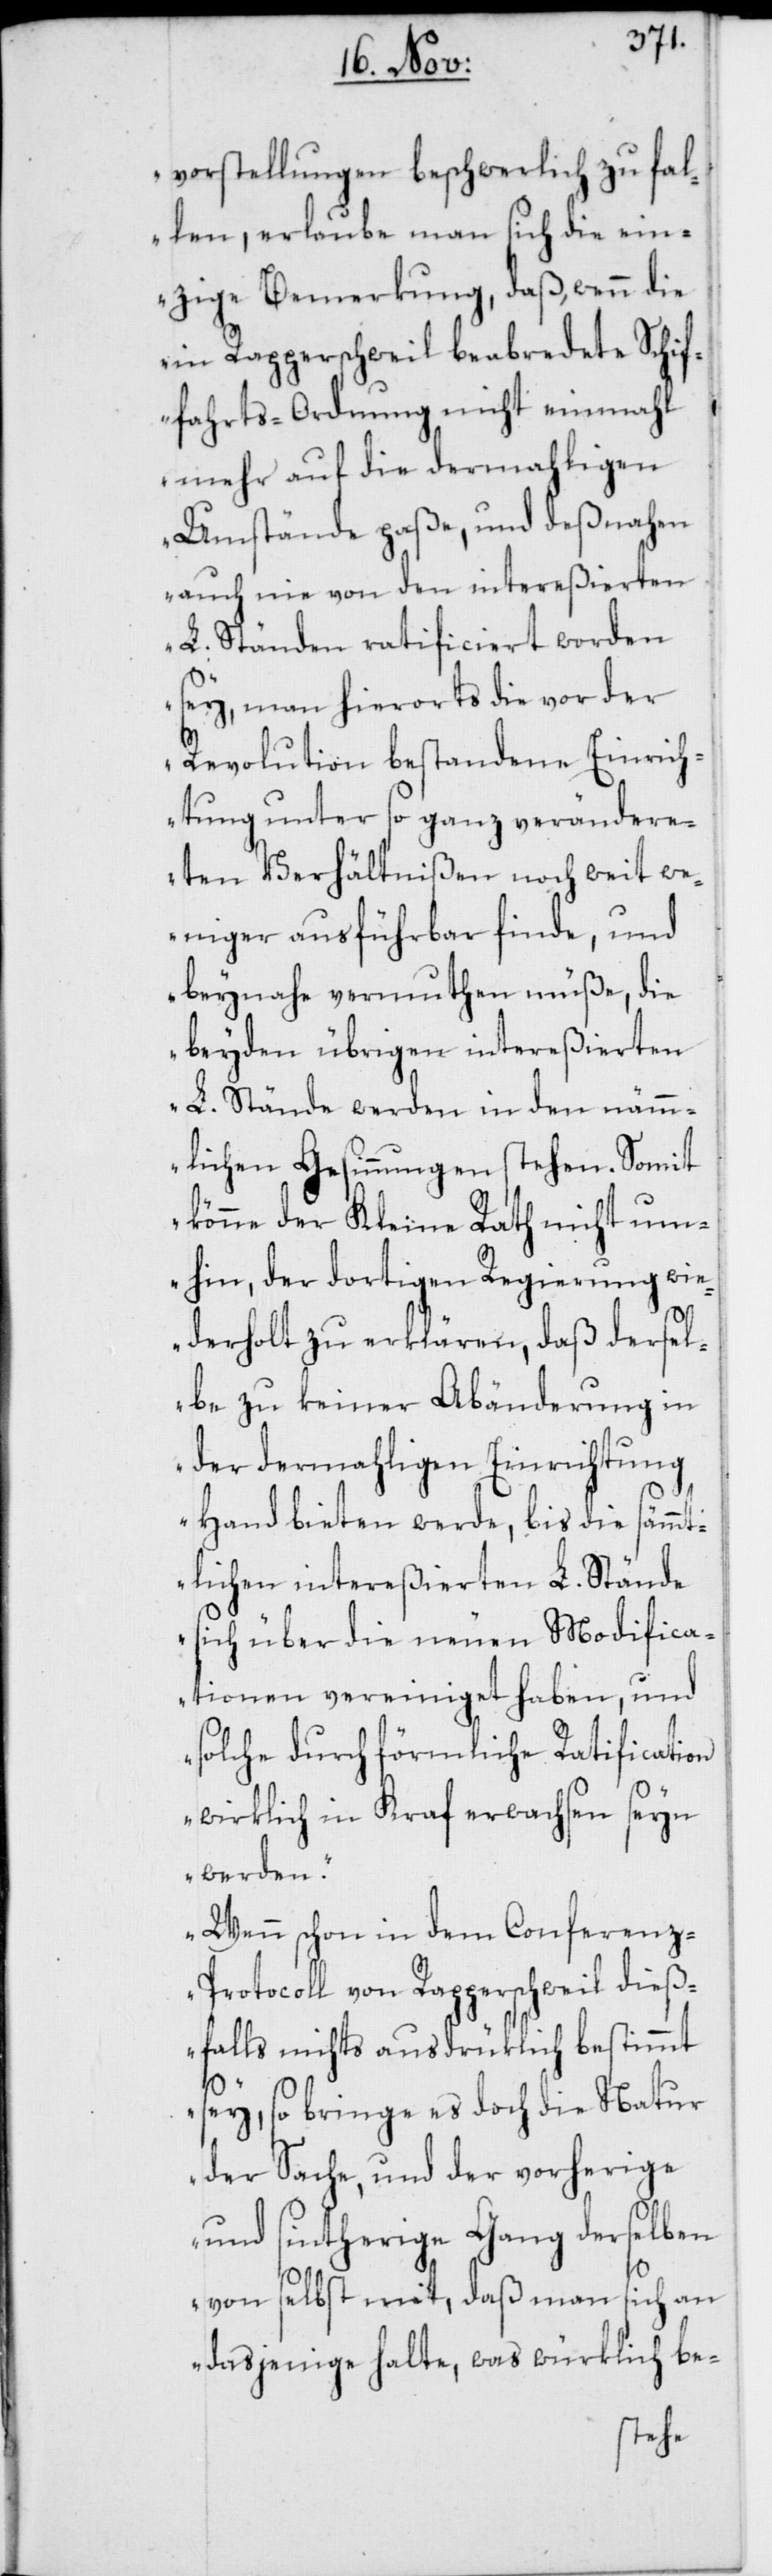
vorstellungen beschwerlich zu fal¬
len, erlaube man sich die ein¬
zige Bemerkung, daß, wenn die
in Rapperschweil beabredete Schif¬
fahrts-Ordnung nicht einmahl
mehr auf die dermahligen
Umstände paße, und deßnahen
auch nie von den intereßierten
L. Ständen ratificiert worden
sey, man hierorts die vor der
Revolution bestandene Einrich¬
tung unter so ganz verändere¬
ten Verhältnißen noch weit we¬
niger ausführbar finde, und
beynahe vermuthen müße, die
beyden übrigen intereßierten
L. Stände werden in den näm¬
mlichen Gesinnungen stehen. Somit
könne der Kleine Rath nicht um¬
hin, der dortigen Regierung wie¬
derholt zu erklären, daß dersel¬
be zu keiner Abänderung in
der dermahligen Einrichtung
Hand bieten werde, bis die sämmt¬
lichen intereßierten L. Stände
sich über die neuen Modifica¬
tionen vereiniget haben, und
solche durch förmliche Ratification
wirklich in Kraft erwachsen seyn
werden.
Wenn schon in dem Conferen¬
z-Protocoll von Rapperschweil dieß¬
falls nichts ausdrüklich bestimmt
sey, so bringe es doch die Natur
der Sache, und der vorherige
und sintherige Gang derselben
von selbst mit, daß man sich an
dasjenige halte, was würklich be-